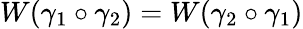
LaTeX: W(\gamma_{1}\circ\gamma_{2})=W(\gamma_{2}\circ\gamma_{1})